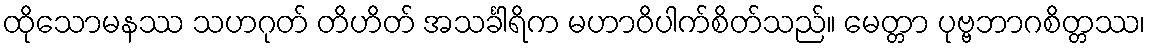
ထိုသောမနဿ သဟဂုတ် တိဟိတ် အသင်္ခါရိက မဟာဝိပါက်စိတ်သည်။ မေတ္တာ ပုဗ္ဗဘာဂစိတ္တဿ၊